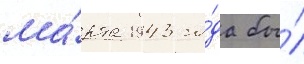
ма́рта 1943 го́да бы́л